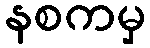
နစကမှ